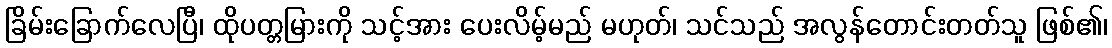
ခြိမ်းခြောက်လေပြီ၊ ထိုပတ္တမြားကို သင့်အား ပေးလိမ့်မည် မဟုတ်၊ သင်သည် အလွန်တောင်းတတ်သူ ဖြစ်၏၊